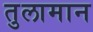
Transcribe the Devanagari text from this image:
तुलामान